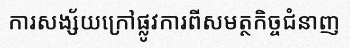
ការសង្ស័យក្រៅផ្លូវការពីសមត្ថកិច្ចជំនាញ